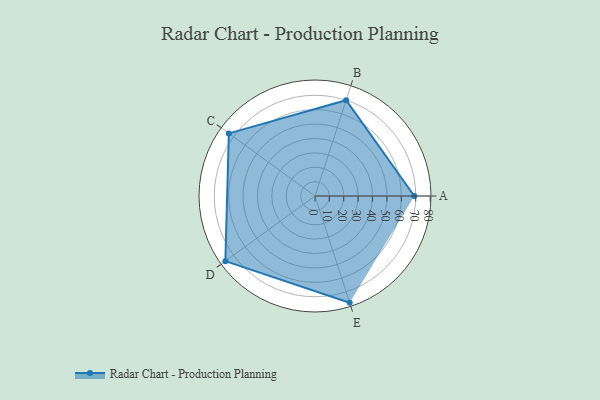
{"axis": {"x": "Skill", "y": "Score"}, "legend": ["Profile"], "data": [{"x": "A", "y": 69.0, "type": "Profile"}, {"x": "B", "y": 70.0, "type": "Profile"}, {"x": "C", "y": 74.0, "type": "Profile"}, {"x": "D", "y": 77.0, "type": "Profile"}, {"x": "E", "y": 78.0, "type": "Profile"}]}